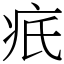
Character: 疧